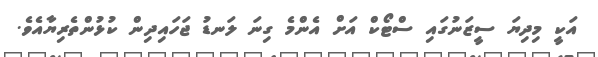
އަކީ މިދިޔަ ސީޒަނުގައި ސްޓޯކް އަށް އެންމެ ގިނަ ލަނޑު ޖަހައިދިން ކުޅުންތެރިޔާއެވެ.